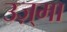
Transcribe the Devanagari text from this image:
उज़्मा